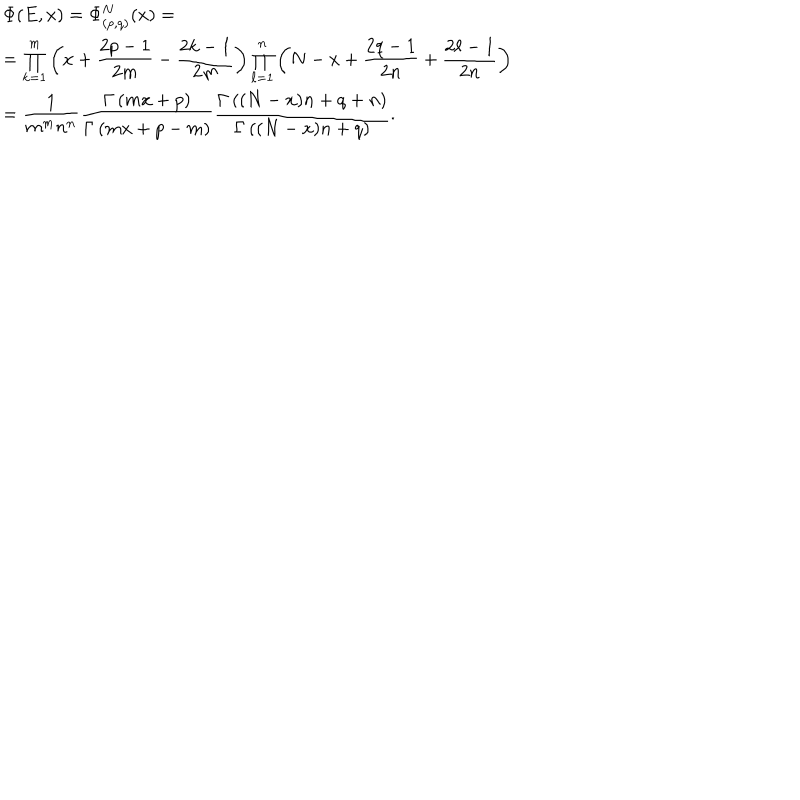
\begin{array} { l } { { \Phi ( E , x ) = \Phi _ { ( p , q ) } ^ { N } ( x ) = } } \\ { { = \prod _ { k = 1 } ^ { m } \left( x + \displaystyle \frac { 2 p - 1 } { 2 m } - \frac { 2 k - 1 } { 2 m } \right) \prod _ { \ell = 1 } ^ { n } \left( N - x + \displaystyle \frac { 2 q - 1 } { 2 n } + \frac { 2 \ell - 1 } { 2 n } \right) } } \\ { { = \displaystyle \frac { 1 } { m ^ { m } n ^ { n } } \displaystyle \frac { \Gamma \left( m x + p \right) } { \Gamma \left( m x + p - m \right) } \displaystyle \frac { \Gamma \left( ( N - x ) n + q + n \right) } { \Gamma \left( ( N - x ) n + q \right) } . } } \\ \end{array}